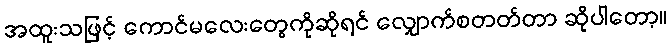
အထူးသဖြင့် ကောင်မလေးတွေကိုဆိုရင် လျှောက်စတတ်တာ ဆိုပါတော့။